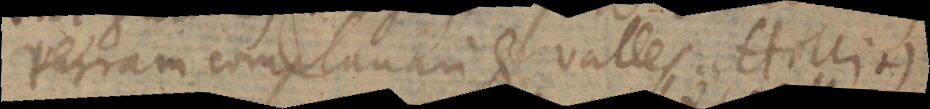
terram complanari et valles attolli +)